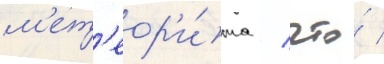
м'ет'еор'и́та / что́ /